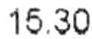
15.30